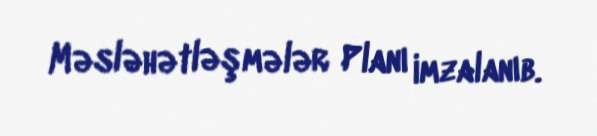
Məsləhətləşmələr Planı imzalanıb.